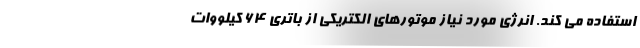
استفاده می کند. انرژی مورد نیاز موتورهای الکتریکی از باتری 64 کیلووات